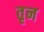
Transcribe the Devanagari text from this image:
तृन